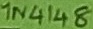
Text: 1N4148